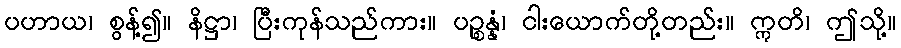
ပဟာယ၊ စွန့်၍။ နိဋ္ဌာ၊ ပြီးကုန်သည်ကား။ ပဉ္စန္နံ၊ ငါးယောက်တို့တည်း။ ဣတိ၊ ဤသို့။